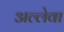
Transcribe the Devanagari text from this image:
अल्लेवा